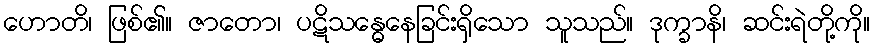
ဟောတိ၊ ဖြစ်၏။ ဇာတော၊ ပဋိသန္ဓေနေခြင်းရှိသော သူသည်။ ဒုက္ခာနိ၊ ဆင်းရဲတို့ကို။